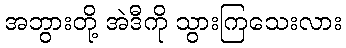
အဘွားတို့ အဲဒီကို သွားကြသေးလား